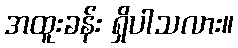
အထူးခန်း ရှိပါသလား။